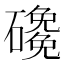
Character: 𱴻